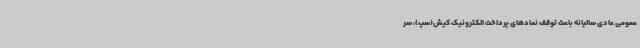
عمومی عادی سالیانه باعث توقف نمادهای پرداخت الکترونیک کیش(سپ)، سر